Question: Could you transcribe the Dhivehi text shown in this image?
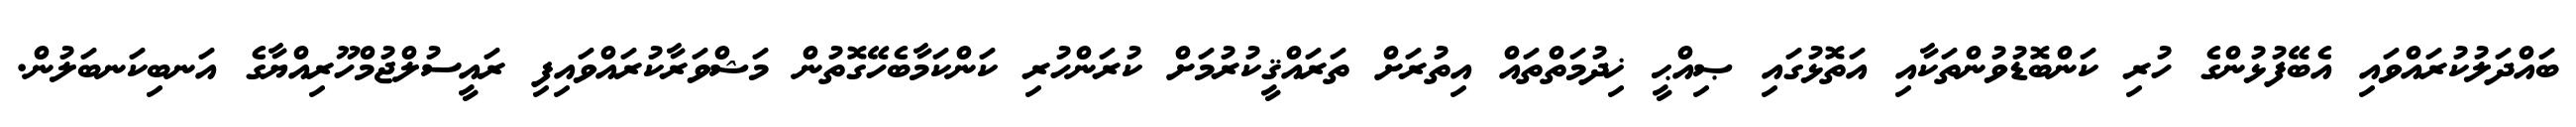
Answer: ބައްދަލުކުރައްވައި އެބޭފުޅުންގެ ހުރި ކަންބޮޑުވުންތަކާއި އަތޮޅުގައި ޞިއްޙީ ޚިދުމަތްތައް އިތުރަށް ތަރައްޤީކުރުމަށް ކުރަންހުރި ކަންކަމާބެހޭގޮތުން މަޝްވަރާކުރައްވައިފި ރައީސުލްޖުމްހޫރިއްޔާގެ އަނބިކަނބަލުން.